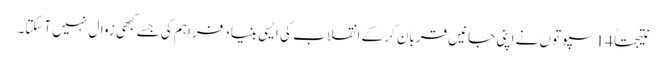
نتیجتاً 14 سپوتوں نے اپنی جانیں قربان کر کے انقلاب کی ایسی بنیاد فراہم کی جسے کبھی زوال نہیں آسکتا۔